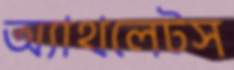
অ্যাথলেটস